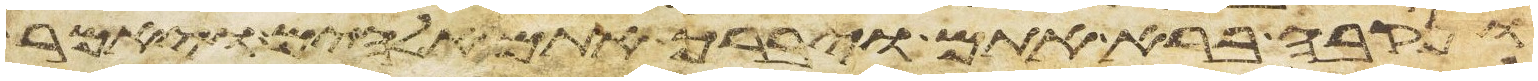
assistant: ונקבה ברא אתם ויברך אתם אלהים ויאמר